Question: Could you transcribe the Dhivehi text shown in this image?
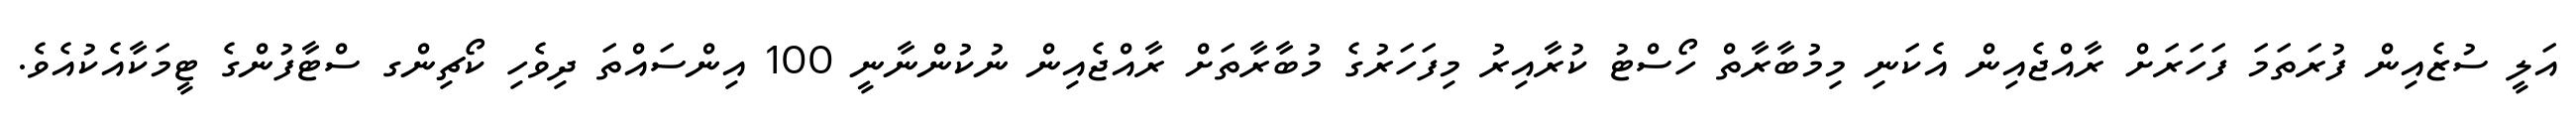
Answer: އަލީ ސުޒެއިން ފުރަތަމަ ފަހަރަށް ރާއްޖެއިން އެކަނި މިމުބާރާތް ހޯސްޓު ކުރާއިރު މިފަހަރުގެ މުބާރާތަށް ރާއްޖެއިން ނުކުންނާނީ 100 އިންސައްތަ ދިވެހި ކޯޗިންގ ސްޓާފުންގެ ޓީމަކާއެކުއެވެ.